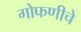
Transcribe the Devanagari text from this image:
गोफणीचे